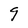
Character: g